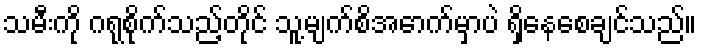
သမီးကို ဂရုစိုက်သည့်တိုင် သူ့မျက်စိအောက်မှာပဲ ရှိနေစေချင်သည်။